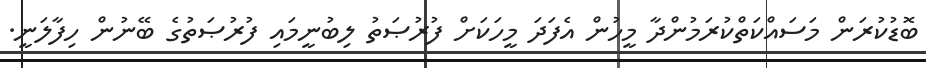
ބޮޑުކުރަން މަސައްކަތްކުރަމުންދާ މީހުން އެފަދަ މީހަކަށް ފުރުޞަތު ލިބުނީމައި ފުރުޞަތުގެ ބޭނުން ހިފާލަނީ.